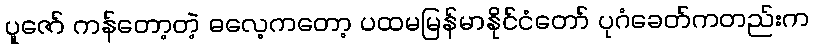
ပူဇော် ကန်တော့တဲ့ ဓလေ့ကတော့ ပထမမြန်မာနိုင်ငံတော် ပုဂံခေတ်ကတည်းက